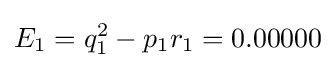
E_{1}=q_{1}^{2}-p_{1}r_{1}=0.00000